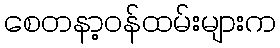
စေတနာ့ဝန်ထမ်းများက